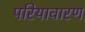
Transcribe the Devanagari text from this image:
परियावारण